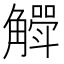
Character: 𮗶